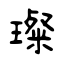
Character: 璨